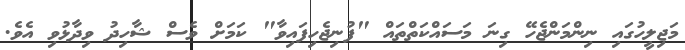
މަޖިލީހުގައި ނިންމަންޖެހޭ ގިނަ މަސައްކަތްތައް "ފުނިޖެހިފައިވާ" ކަމަށް ވެސް ޝާހިދު ވިދާޅުވި އެވެ.